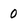
Character: o